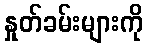
နှုတ်ခမ်းများကို